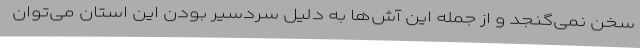
سخن نمی‌گنجد و از جمله این آش‌ها به دلیل سردسیر بودن این استان می‌توان